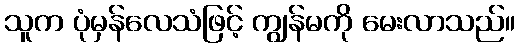
သူက ပုံမှန်လေသံဖြင့် ကျွန်မကို မေးလာသည်။